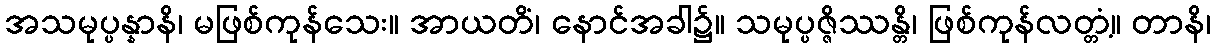
အသမုပ္ပန္နာနိ၊ မဖြစ်ကုန်သေး။ အာယတိံ၊ နောင်အခါ၌။ သမုပ္ပဇ္ဇိဿန္တိ၊ ဖြစ်ကုန်လတ္တံ့။ တာနိ၊